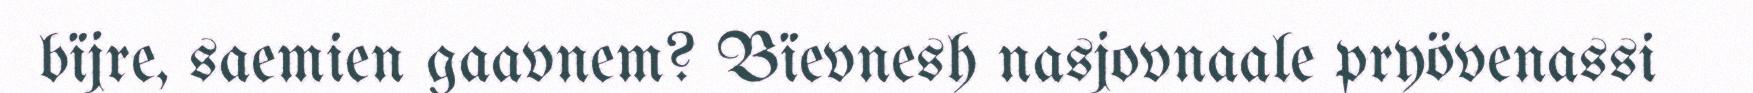
bïjre, saemien gaavnem? Bïevnesh nasjovnaale pryövenassi